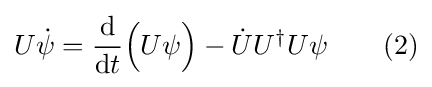
U{\dot {\psi }}={\frac {\mathrm {d} }{\mathrm {d} t}}{\Big (}U\psi {\Big )}-{\dot {U}}U^{\dagger }U\psi \quad \quad (2)